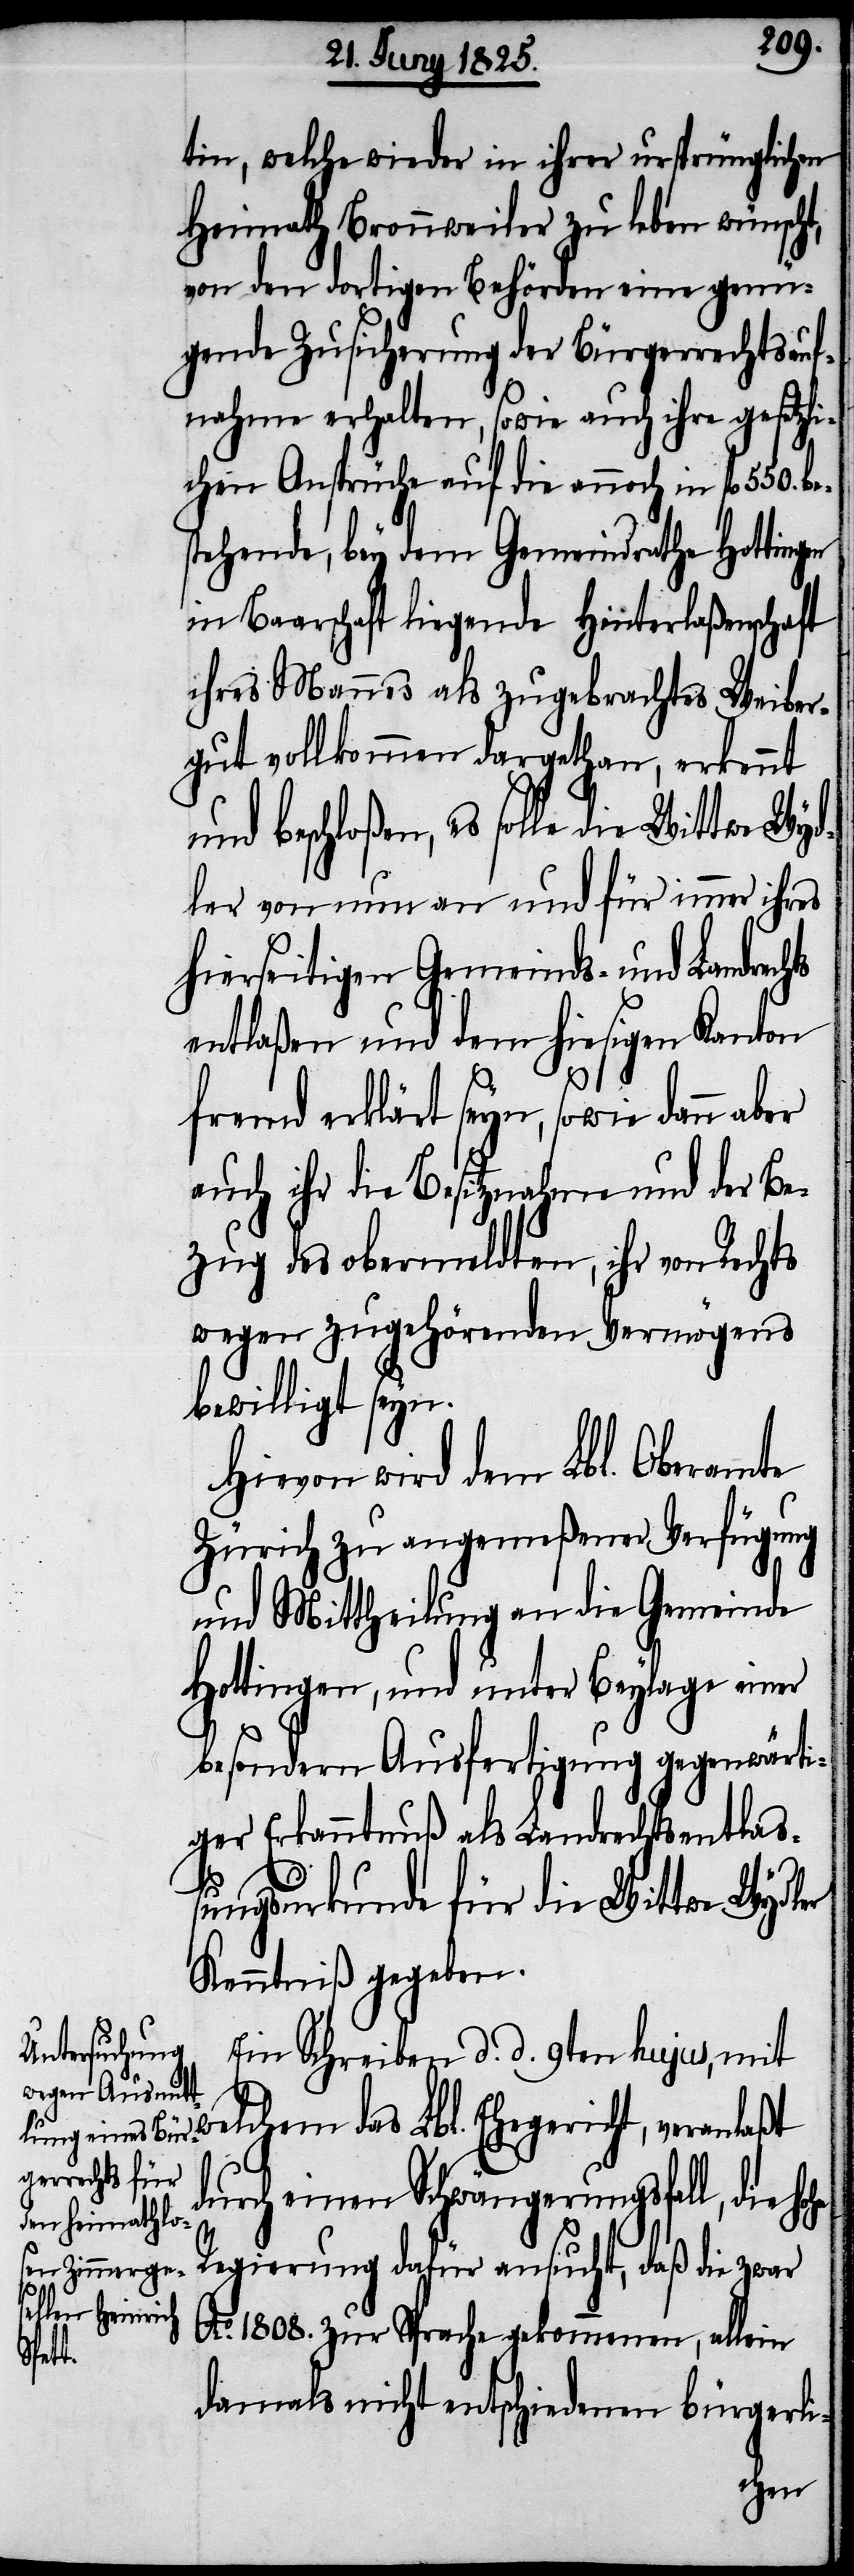
tin, welche wieder in ihrer ursprünglichen
Heimath Bronnweiler zu leben wünscht,
von den dortigen Behörden eine genü¬
gende Zusicherung der Bürgerrechtsauf¬
nahme erhalten, sowie auch ihre gesetzl¬
ichen Ansprüche auf die annoch in fl 550.
tehende, bey dem Gemeindrathe Hottin¬
in Baarschaft liegende Hinterlaßenschaft
ihres Mannes als zugebrachtes Weiber¬
gut vollkommen dargethan, erkennt
nd beschloßen, es solle die Wittwe Wyd¬
ler von nun an und für immer ihres
hierseitigen Gemeinds- und Landrech¬
entlaßen und dem hiesigen Kanton
fremd erklärt seyn, sowie dann aber
auch ihr die Besitzungen und der Be¬
zug des obermeldten, ihr von Rechts
wegen zugehörenden Vermögens
bewilligt seyn.
Hievon wird dem Lbl. Oberamte
Zürich zu angemeßener Verfügung
und Mittheilung an die Gemeinde
Hottingen, und unter Beylage einer
besondern Ausfertigung gegenwärti¬
ger Erkanntnuß als Landrechtsentlaß¬
ungsurkunde für die Wittwe Wydler
Kenntniß gegeben.
Ein Schreiben d. d. 9ten hujus, mit
welchem das Lbl. Ehegericht, veranlaßt
durch einen Schwängerungsfall, die h¬
Regierung dafür ansucht, daß die zwar
u¬
Ao. 1808. zur Sprache gekommenen, allein
ts
damals nicht entschiedenen Bürgerli-
ohe